Report of the Indian Hemp Drugs Commission, 1894-1895 - Volume V
Year: 1894
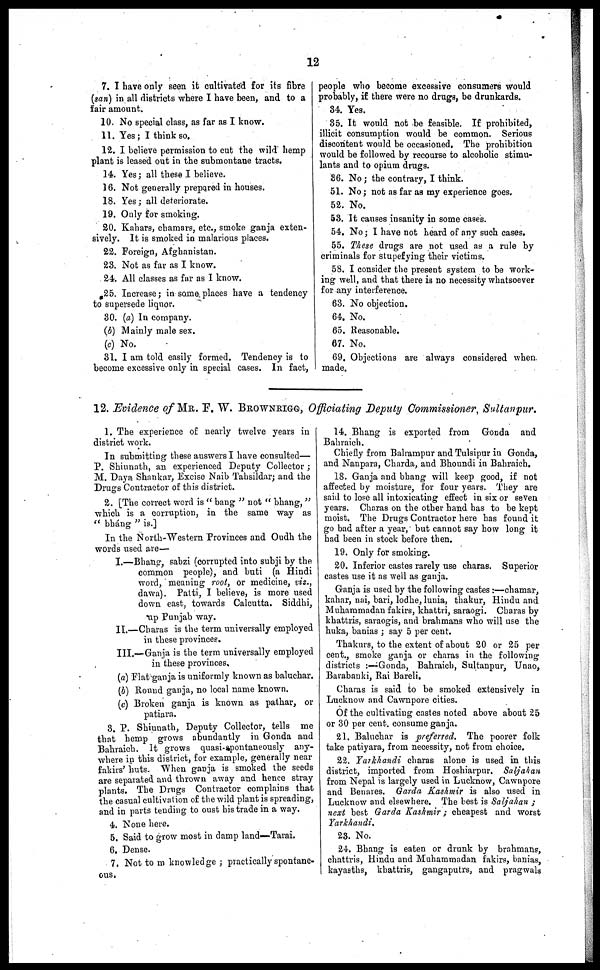
12
7. I have only seen it cultivated for its fibre
(san) in all districts where I have been, and to a
Hair amount.
10. No special class, as far as I know.
11. Yes; I think so.
12. I believe permission to cut the wild hemp
plant is leased out in the submontane tracts.
14. Yes; all these I believe.
16. Not generally prepared in houses.
18. Yes; all deteriorate.
19. Only for smoking.
20. Kahars, chamars, etc., smoke ganja exten-
sively. It is smoked in malarious places.
22. Foreign, Afghanistan.
23. Not as far as I know.
24. All classes as far as I know.
25. Increase; in same places have a tendency
to supersede liquor.
30. (a) In company.
(b) Mainly male sex.
(c) No.
31. I am told easily formed. Tendency is to
become excessive only in special cases. In fact,
people who become excessive consumers would
probably, if there were no drugs, be drunkards.
34. Yes.
35. It would not be feasible. If prohibited,
illicit consumption would be common. Serious
discontent would be occasioned. The prohibition
would be followed by recourse to alcoholic stimu-
lants and to opium drugs.
86. No; the contrary, I think.
51. No; not as far as my experience goes.
52. No.
53. It causes insanity in some cases.
54. No; I have not heard of any such cases.
55. These drugs are not used as a rule by
criminals for stupefying their victims.
58. I consider the present system to be work-
ing well, and that there is no necessity whatsoever
for any interference.
63. No objection.
64. No.
65. Reasonable.
67. No.
69. Objections are always considered when
made.
12. Evidence of MR. F. W. BROWNRIGG, Officiating Deputy Commissioner, Sultanpur.
1. The experience of nearly twelve years in
district work.
In submitting these answers I have consulted—
P. Shiunath, an experienced Deputy Collector;
M. Daya Shankar, Excise Naib Tahsildar; and the
Drugs Contractor of this district.
2. [The correct word is "bang" not "bhang,"
which is a corruption, in the same way as
"bháng"
is.]
In the North-Western Provinces and Oudh the
words used are—
I.—Bhang, sabzi (corrupted into subji by the
common people), and buti (a Hindi
word, meaning root, or medicine, viz.,
dawa). Patti, I believe, is more used
down east, towards Calcutta. Siddhi,
up Punjab way.
II.—Charas is the term universally employed
in these provinces.
III.—Ganja is the term universally employed
in these provinces,
(a) Flat ganja is uniformly known as baluchar.
(6) Round ganja, no local name known.
(c) Broken ganja is known as pathar, or
patiara.
3. P. Shiunath, Deputy Collector, tells me
that hemp grows abundantly in Gonda and
Bahraich. It grows quasi-spontaneously any-
where in this district, for example, generally near
fakirs' huts. When ganja is smoked the seeds
are separated and thrown away and hence stray
plants. The Drugs Contractor complains that
the casual cultivation of the wild plant is spreading,
and in parts tending to oust his trade in a way.
4. None here.
5. Said to grow most in damp land—Tarai.
6. Dense.
7. Not to m knowledge; practically spontane-
ous.
14. Bhang is exported from Gonda and
Bahraich.
Chiefly from Balrampur and Tulsipur in Gonda,
and Nanpara, Charda, and Bhoundi in Bahraich.
18. Ganja and bhang will keep good, if not
affected by moisture, for four years. They are
said to lose all intoxicating effect in six or seven
years. Charas on the other hand has to be kept
moist. The Drugs Contractor here has found it
go bad after a year, but cannot say how long it
had been in stock before then.
19. Only for smoking.
20. Inferior castes rarely use charas. Superior
castes use it as well as ganja.
Ganja is used by the following castes:—chamar,
kahar, nai, bari, lodhe, lunia, thakur, Hindu and
Muhammadan fakirs, khattri, saraogi. Charas by
khattris, saraogis, and brahmans who will use the
huka, banias; say 5 per cent.
Thakurs, to the extent of about 20 or 25 per
cent., smoke ganja or charas in the following
districts:—Gonda, Bahraich, Sultanpur, Unao,
Barabanki, Rai Bareli.
Charas is said to be smoked extensively in
Lucknow and Cawnpore cities.
Of the cultivating castes noted above about 25
or 30 per cent. consume ganja.
21. Baluchar is preferred. The poorer folk
take patiyara, from necessity, not from choice.
22. Yarkhandi charas alone is used in this
district, imported from Hoshiarpur. Saljahan
from Nepal is largely used in Lucknow, Cawnpore
and Benares. Garda Kashmir is also used in
Lucknow and elsewhere. The best is Saljahan;
next best Garda Kashmir; cheapest and worst
Yarkhandi.
23. No.
24. Bhang is eaten or drunk by brahmans,
chattris, Hindu and Muhammadan fakirs, banias,
kayasths, khattris, gangaputrs, and pragwals